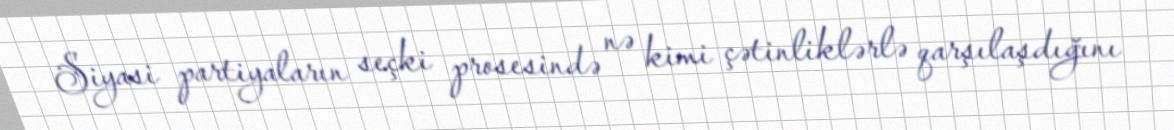
Siyasi partiyaların seçki prosesində nə kimi çətinliklərlə qarşılaşdığını